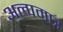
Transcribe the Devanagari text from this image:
अल्पमात्र